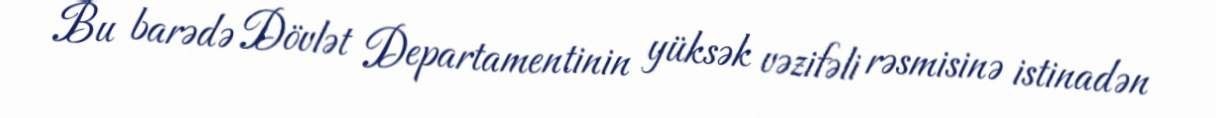
Bu barədə Dövlət Departamentinin yüksək vəzifəli rəsmisinə istinadən